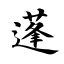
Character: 蓬